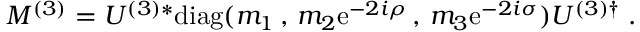
M ^ { ( 3 ) } = U ^ { ( 3 ) * } \mathrm { d i a g } ( m _ { 1 } \, , \, m _ { 2 } \mathrm { e } ^ { - 2 i \rho } \, , \, m _ { 3 } \mathrm { e } ^ { - 2 i \sigma } ) U ^ { ( 3 ) \dagger } \; .